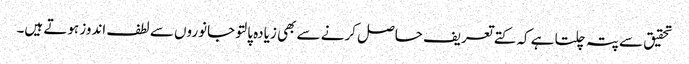
تحقیق سے پتہ چلتا ہے کہ کتے تعریف حاصل کرنے سے بھی زیادہ پالتو جانوروں سے لطف اندوز ہوتے ہیں۔